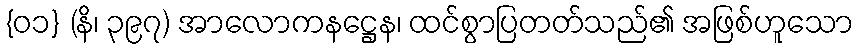
{၀၁} (နိ၊ ၃၉၇) အာလောကနဋ္ဌေန၊ ထင်စွာပြတတ်သည်၏ အဖြစ်ဟူသော